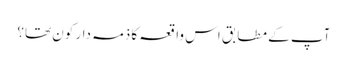
آپ کے مطابق اس واقعہ کا ذمہ دار کون تھا؟